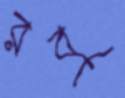
রবু